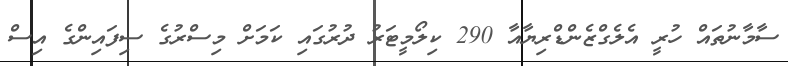
ސާމާނުތައް ހުރީ އެލެގްޒެންޑްރިޔާއާ 290 ކިލޯމީޓަރު ދުރުގައި ކަމަށް މިސްރުގެ ސިފައިންގެ އިސް